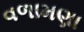
વળામણા